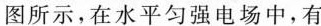
图所示，在水平匀强电场中，有